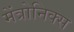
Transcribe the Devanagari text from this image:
मेंत्रोनिक्स